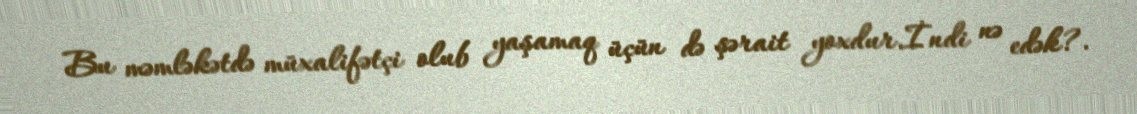
Bu məmləkətdə müxalifətçi olub yaşamaq üçün də şərait yoxdur.İndi nə edək?.